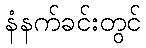
နံနက်ခင်းတွင်